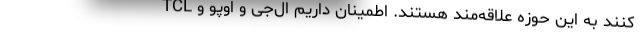
کنند به این حوزه علاقه‌مند هستند. اطمینان داریم ال‌جی و اوپو و TCL